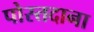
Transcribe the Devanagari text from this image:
पोस्तदाना